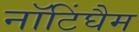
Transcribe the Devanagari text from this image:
नॉटिंघैम